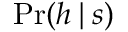
\operatorname* { P r } ( h \! \mid \! s )